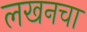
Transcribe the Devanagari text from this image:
लखनचा